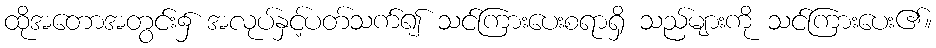
ထိုအတောအတွင်း၌ အလုပ်နှင့်ပတ်သက်၍ သင်ကြားပေးစရာရှိ သည်များကို သင်ကြားပေး၏။